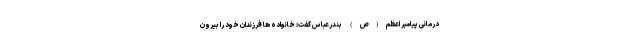
درمانی پیامبر اعظم(ص) بندرعباس گفت: خانواده ها فرزندان خود را بیرون